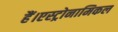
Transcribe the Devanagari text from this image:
हैं।एस्ट्रोनामिकल